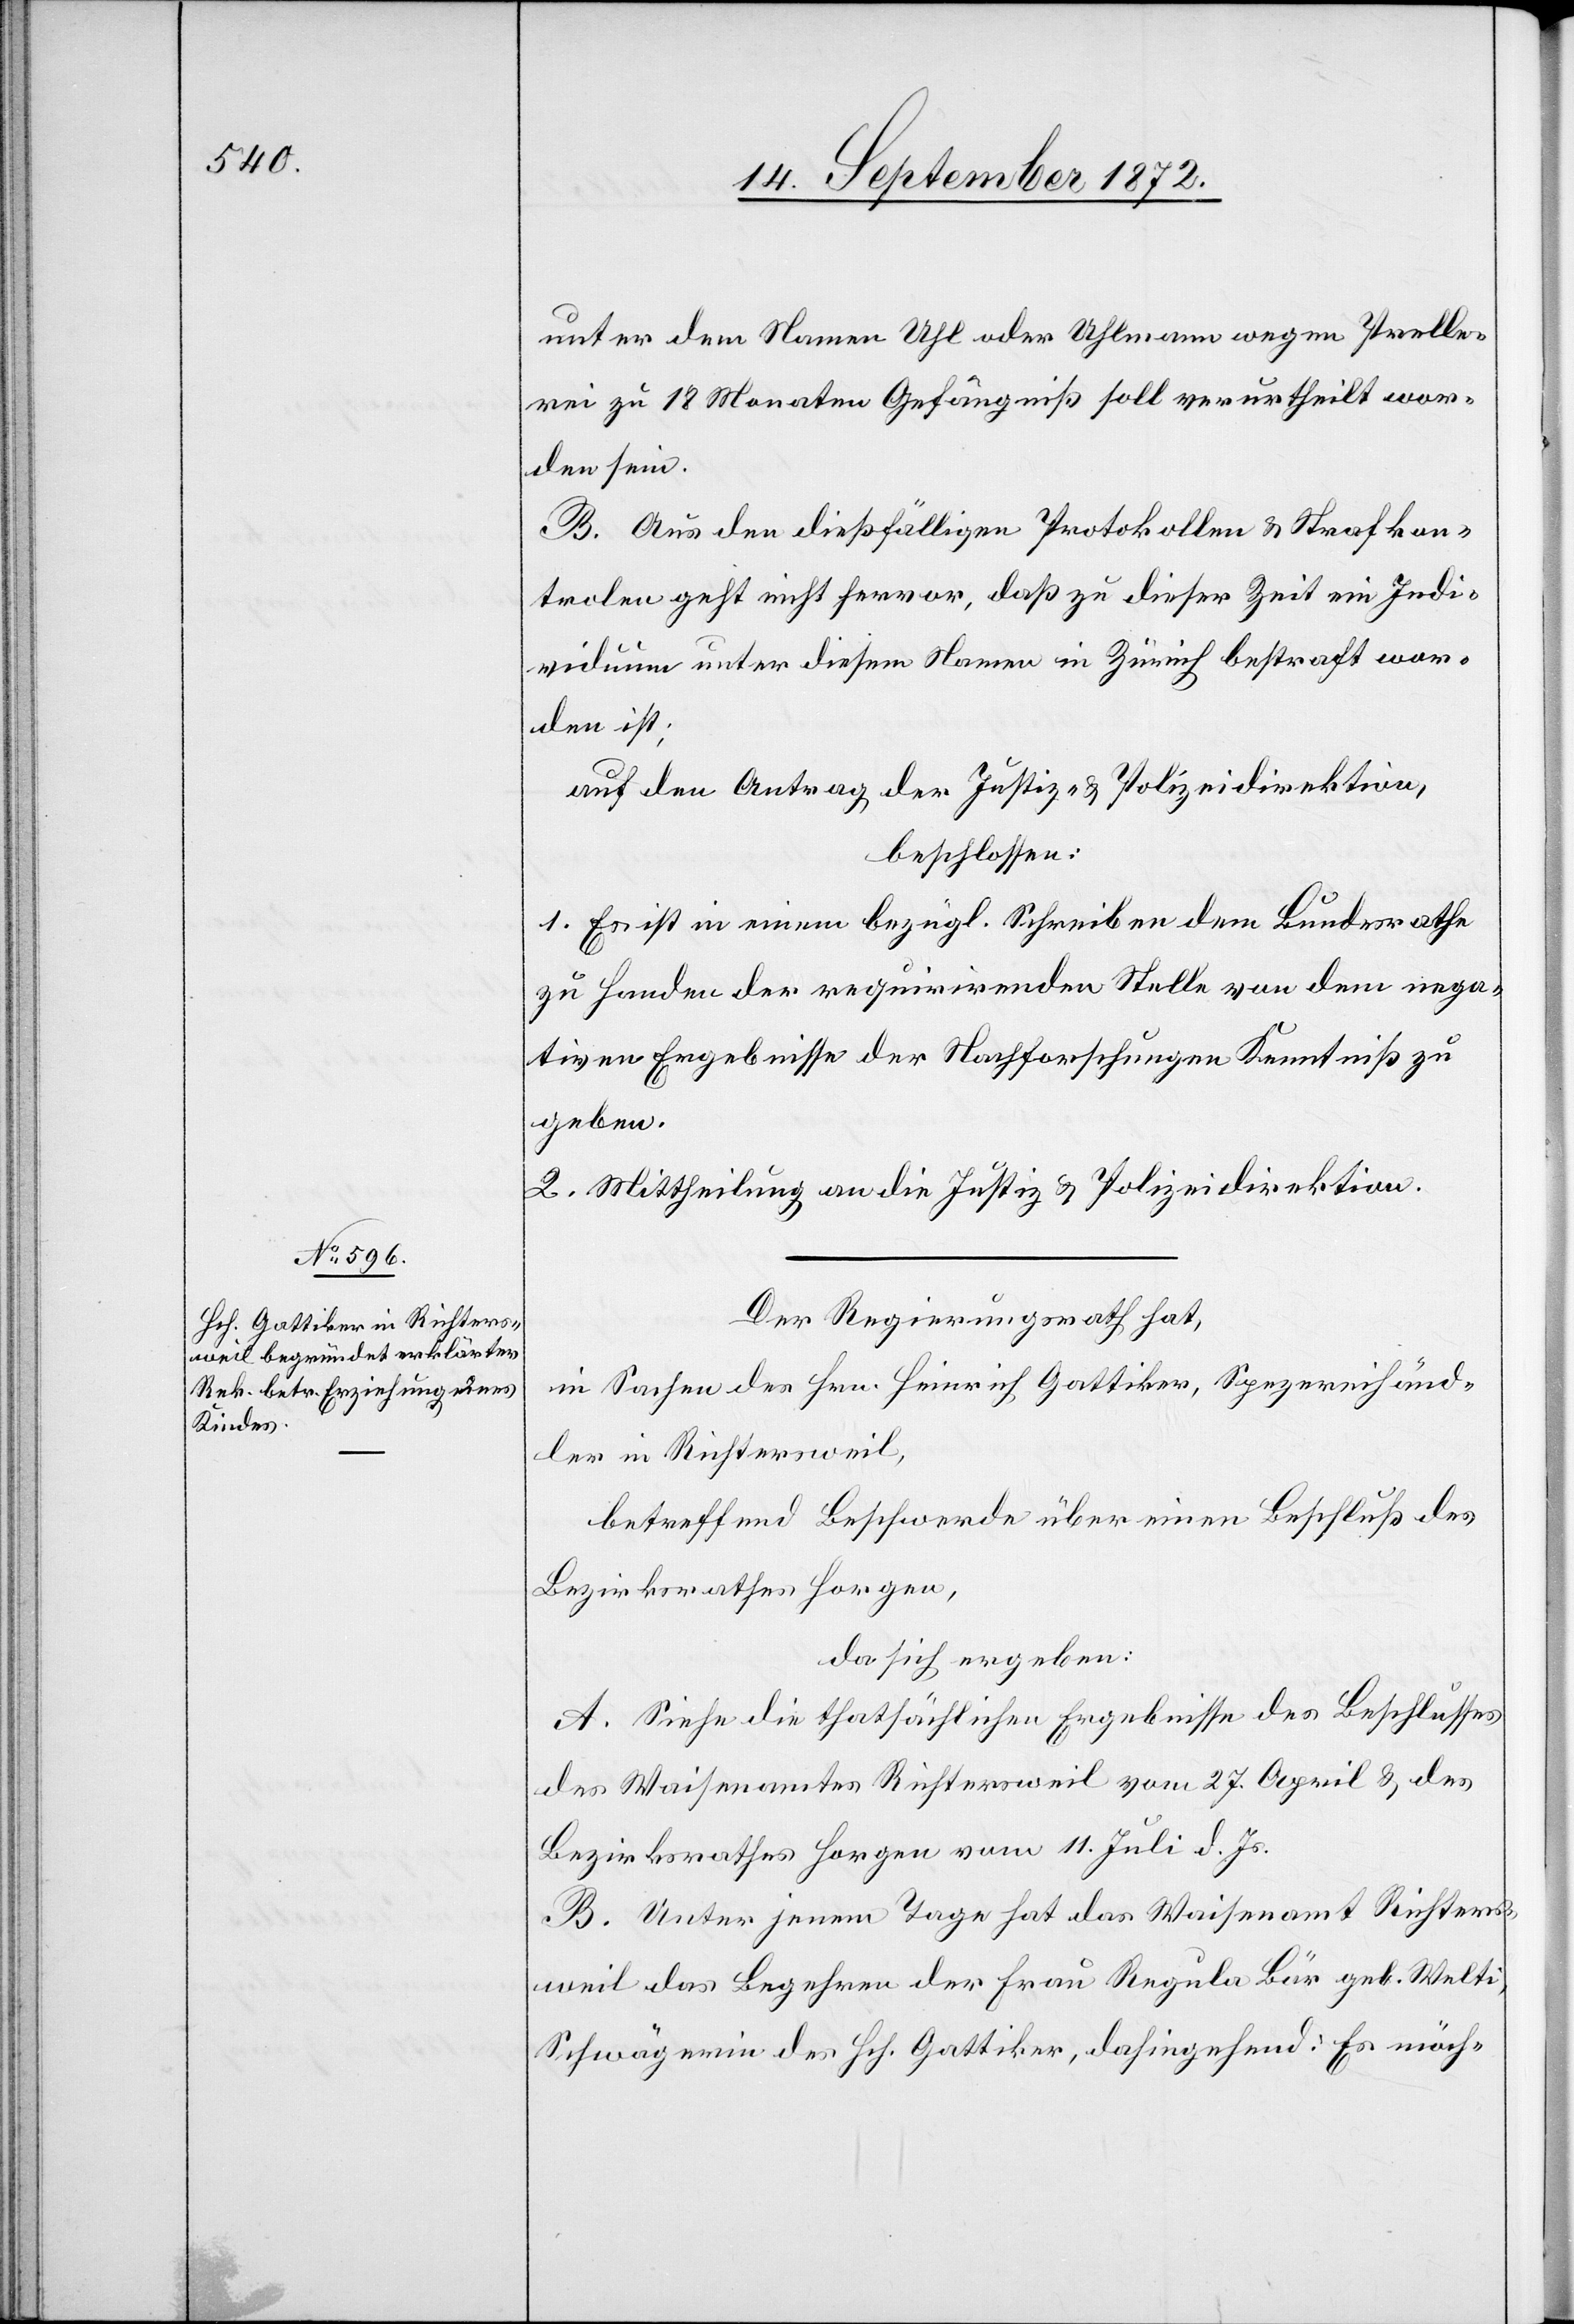
unter dem Namen Uhl oder Uhlmann wegen Prelle¬
rei zu 18 Monaten Gefängniß soll verurtheilt wor¬
den sein.
B. Aus den dießfälligen Protokollen u. Strafkon¬
trolen geht nicht hervor, daß zu dieser Zeit ein Indi¬
viduum unter diesem Namen in Zürich bestraft wor¬
den ist;
auf den Antrag der Justiz- u. Polizeidirektion,
beschlossen:
1. Es ist in einem bezügl. Schreiben dem Bundesrathe
zu Handen der requirirenden Stelle von dem nega¬
tiven Ergebnisse der Nachforschungen Kenntniß zu
geben.
2. Mittheilung an die Justiz- u. Polizeidirektion.
Der Regierungsrath hat,
in Sachen des Hrn. Heinrich Gattiker, Spezereihänd¬
ler in Richtersweil,
betreffend Beschwerde über einen Beschluß des
Bezirksrathes Horgen,
da sich ergeben:
A. Siehe die thatsächlichen Ergebnisse des Beschlusses
des Waisenamtes Richtersweil vom 27. April u. des
Bezirksrathes Horgen vom 11. Juli d. Js.
B. Unter jenem Tage hat das Waisenamt Richters¬
weil das Begehren der Frau Regula Bär geb. Welti,
Schwägerin des Hch. Gattiker, dahingehend: Es möch-